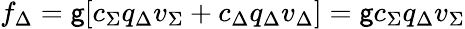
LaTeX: f_{\Delta}=\mathsf{g}[c_{\Sigma}q_{\Delta}v_{\Sigma}+c_{\Delta}q_{\Delta}v_{\Delta}]=\mathsf{g}c_{\Sigma}q_{\Delta}v_{\Sigma}